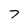
Character: 7